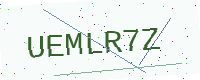
Text: UEMLR7Z